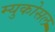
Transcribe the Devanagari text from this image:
म्युकोसल